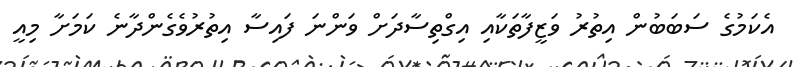
އެކަމުގެ ސަބަބުން އިތުރު ވަޒީފާތަކާއި އިގްތިސާދަށް ވަންނަ ފައިސާ އިތުރުވެގެންދާނެ ކަމަށާ މިއީ